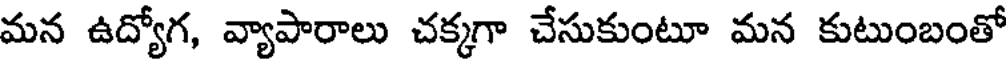
మన ఉద్యోగ, వ్యాపారాలు చక్కగా చేసుకుంటూ మన కుటుంబంతో